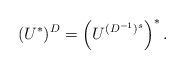
LaTeX: \begin{align*}(U^*)^{D}=\left(U^{(D^{-1})^s}\right)^*.\end{align*}